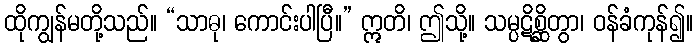
ထိုကျွန်မတို့သည်။ “သာဓု၊ ကောင်းပါပြီ။” ဣတိ၊ ဤသို့။ သမ္ပဋိစ္ဆိတွာ၊ ဝန်ခံကုန်၍။